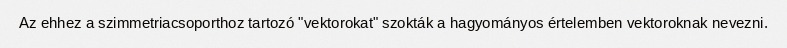
Az ehhez a szimmetriacsoporthoz tartozó "vektorokat" szokták a hagyományos értelemben vektoroknak nevezni.